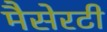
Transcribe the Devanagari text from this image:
मैसेरटी